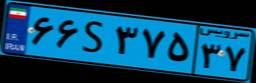
۷۸S۳۴۷۹۷